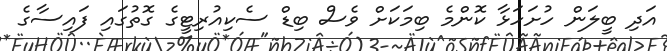
އަދި ބީލަން ހުށަހަޅާ ކޮންމެ ބިމަކަށް ވެސް ބިޑް ސެކިއުރިޓީގެ ގޮތުގައި ފައިސާގެ